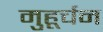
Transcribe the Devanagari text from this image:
मुहूर्चन